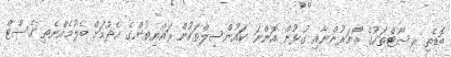
ބޮޑެތި ރިސޯޓްތަކުގެ އޯނަރުންނާއި ގުޅުން އޮންނަ ކައުންސިލްތަކުން ރައްޔިތުންގެ އެދުމަށް ބެލުމެއްނެތި ގެސްޓް